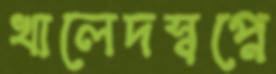
খালেদস্বপ্নে